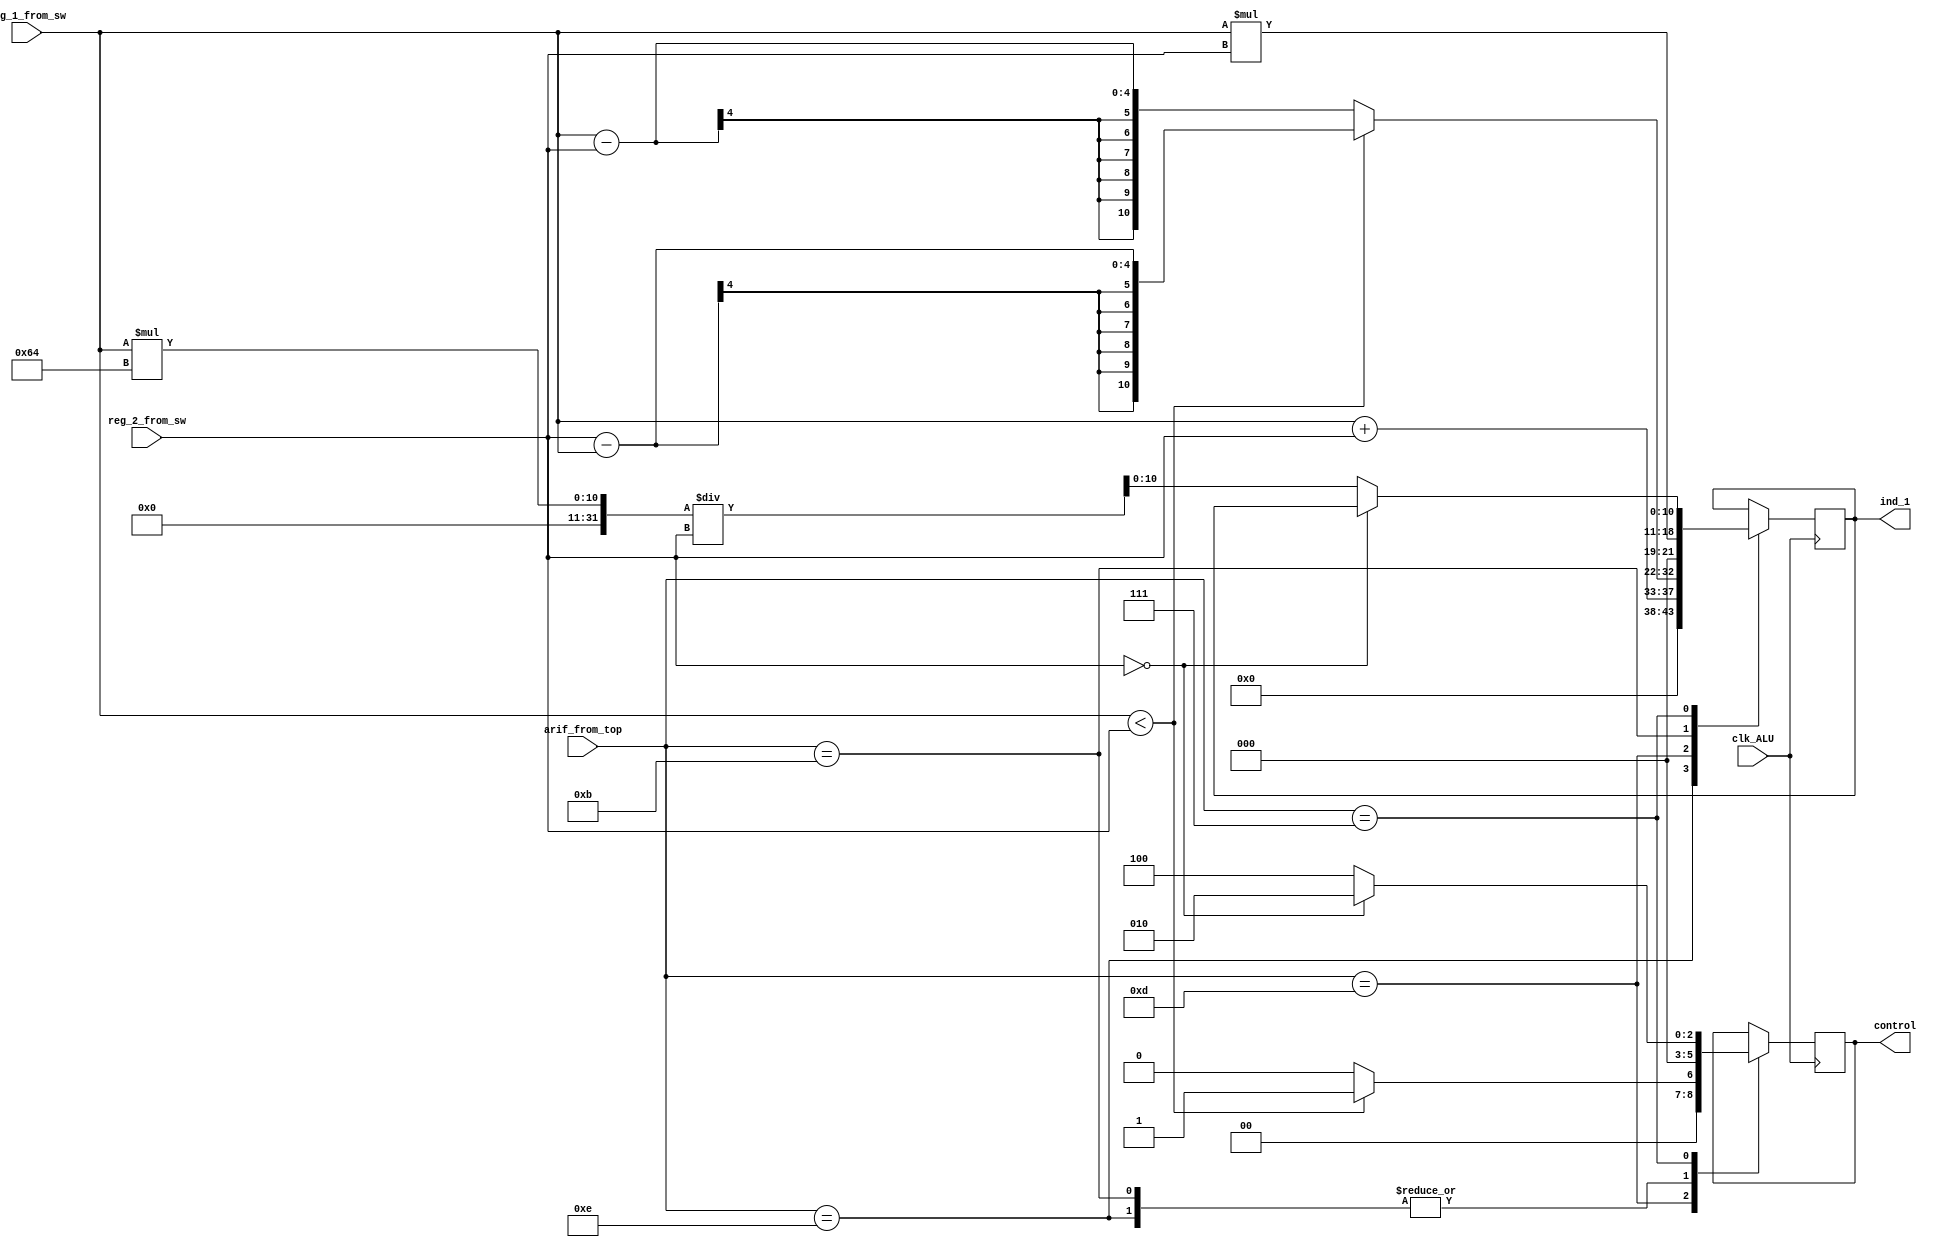
module ALU #(
  parameter integer REG     = 4,
  parameter integer ARIF    = 4,
  parameter integer IND_1   = 11,
  parameter integer CONTROL = 3,
  parameter integer BIG_1   = 11
)(
  input [ REG - 1  : 00 ] reg_1_from_sw,
  input [ REG - 1  : 00 ] reg_2_from_sw,
  input [ ARIF - 1 : 00 ] arif_from_top,
  input clk_ALU,

  output reg [ IND_1 - 1   : 00 ] ind_1,
  output reg [ CONTROL - 1 : 00 ] control

);

  parameter integer PLUS    = 4'b1110;
  parameter integer MINUS   = 4'b1101;
  parameter integer UMNOG   = 4'b1011;
  parameter integer DELEN   = 4'b0111;
  parameter integer CODE_P  = 0;
  parameter integer CODE_M  = 1;
  parameter integer CODE_D0 = 2;
  parameter integer CODE_D  = 4;

  initial begin
    control = CODE_P;
  end

  reg [ BIG_1 - 1 : 00 ] big_1;

  always@(posedge clk_ALU)
    begin
      case(arif_from_top)
        PLUS: begin
          ind_1 <= reg_1_from_sw + reg_2_from_sw;
          control <= CODE_P;
        end
        MINUS: begin
          if(reg_1_from_sw < reg_2_from_sw)
            begin
              ind_1 <= reg_2_from_sw - reg_1_from_sw;
              control <= CODE_M;
            end
          else
            begin
              ind_1 <= reg_1_from_sw - reg_2_from_sw;
              control <= CODE_P;
            end
        end
        UMNOG: begin
          ind_1 <= reg_1_from_sw * reg_2_from_sw;
          control <= CODE_P;
        end
        DELEN:  begin
          if(reg_2_from_sw == 0)
            begin
              control <= CODE_D0;
            end
          else
            begin
              big_1 = reg_1_from_sw;
              ind_1 = (big_1 * 100) / reg_2_from_sw;
              control <= CODE_D;
            end
        end
      endcase
    end

endmodule